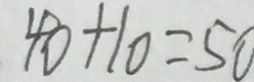
4 0 + 1 0 = 5 0